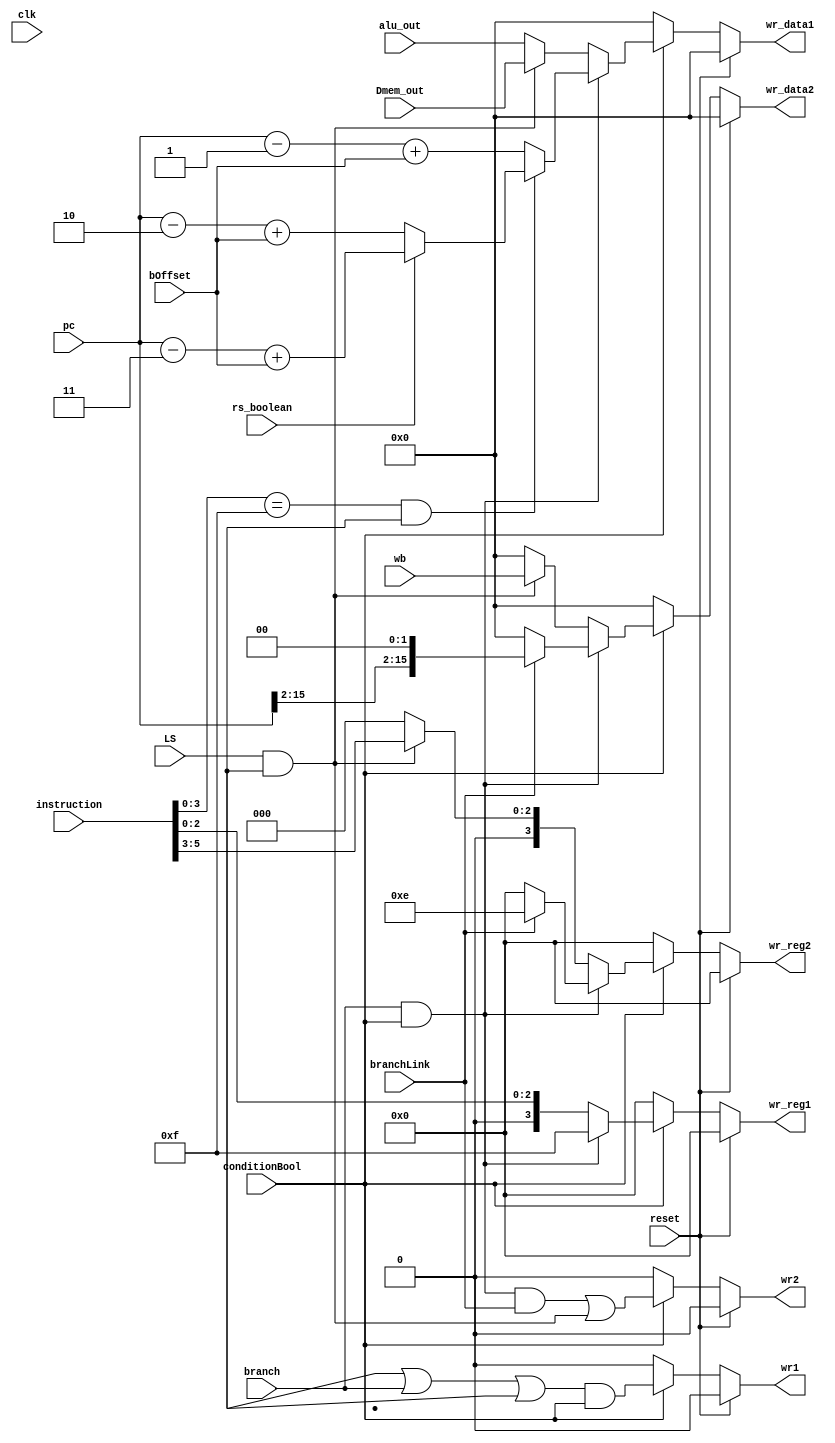
module write_back(clk, reset, conditionBool, branch, branchLink, LS, bOffset, pc, Dmem_out, alu_out, instruction, rs_boolean, wr1, wr2, wr_reg1, wr_reg2, wr_data1, wr_data2, wb);
  input wire reset, conditionBool, branch, branchLink, LS, rs_boolean, clk;
  input wire [15:0] bOffset, pc, Dmem_out, alu_out, instruction, wb;
  output reg wr1, wr2;
  output reg [3:0] wr_reg1, wr_reg2;
  output reg [15:0] wr_data1, wr_data2;
  
  wire [1:0] typeOfInstruction;
  wire [3:0] rm, rn, rd, opCode;
  wire rm_flag, wr1_1, wr1_2;

  assign typeOfInstruction = instruction[27:26];
  assign opCode = instruction[24:21];
  assign wr1_1 = (typeOfInstruction == 2'b00) && ((opCode!=4'b1000)&&(opCode!=4'b1001)&&(opCode!=4'b1010));
  assign wr1_2 = (typeOfInstruction == 2'b01) && instruction[20]; //LOAD
  assign rm = instruction[3:0];
  assign rn = {1'b0, instruction[5:3]};
	assign rd = {1'b0, instruction[2:0]};
  
  assign typeOfInstruction = instruction[27:26];

  assign rm_flag = (((typeOfInstruction == 2'b00)&&(~instruction[25]))||((typeOfInstruction == 2'b01)&&(instruction[25])));

  always @(*) begin
    if (reset) begin
      wr1 = 0;
      wr2 = 0;
      wr_data1 = 16'b0;
      wr_data2 = 16'b0;
      wr_reg1 = 4'b0;
      wr_reg2 = 4'b0;

    end
	 else begin
		 if (conditionBool) begin
			wr1 = (wr1_1 || branch || wr1_2) && conditionBool;
			wr2 = (branch && conditionBool && branchLink) || (LS && instruction[21] && (rn != 4'b1111));
			if (branch && conditionBool) begin
			  if ((rn==4'b1111) || (rm==4'b1111 && rm_flag)) begin
				if (rs_boolean) wr_data1 = pc - (3) + bOffset;
				else wr_data1 = pc - (2) + bOffset;
			  end
			  else wr_data1 = pc - (1) + bOffset;
			 wr_reg1 = 4'b1111; //R15 update
			 if (branchLink) begin
			  //Don't account for prefetch
			  wr_data2 = {pc[31:2],2'b00}; //R14[1:0] are always cleared, unsure if the adjusting for prefetch here works
			  wr_reg2 = 4'b1110; //R14 update
			 end
			 else begin
				wr_data2 = 32'b0;
				wr_reg2 = 4'b0;
			 end 
			end
			else begin
			  wr_reg1 = rd;
			  //data depends on if the instruction loads from a register or not
			  wr_data1 = (LS && instruction[20]) ? Dmem_out : alu_out;
			  if (LS && instruction[21] && (rn != 4'b1111)) begin
				 wr_reg2 = rn;
				 wr_data2 = wb;
			  end
			  else begin
				wr_reg2 = 4'b0;
				wr_data2 = 16'b0;
			  end
			end
		  end
		  
		  else begin
			wr1 = 0;
			wr2 = 0;
			wr_data1 = 16'b0;
			wr_data2 = 16'b0;
			wr_reg1 = 4'b0;
			wr_reg2 = 4'b0;
		  end
		  
	  end
    end

endmodule